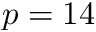
p = 1 4